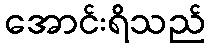
အောင်းရိသည်